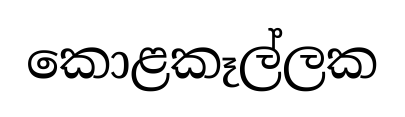
කොළකෑල්ලක